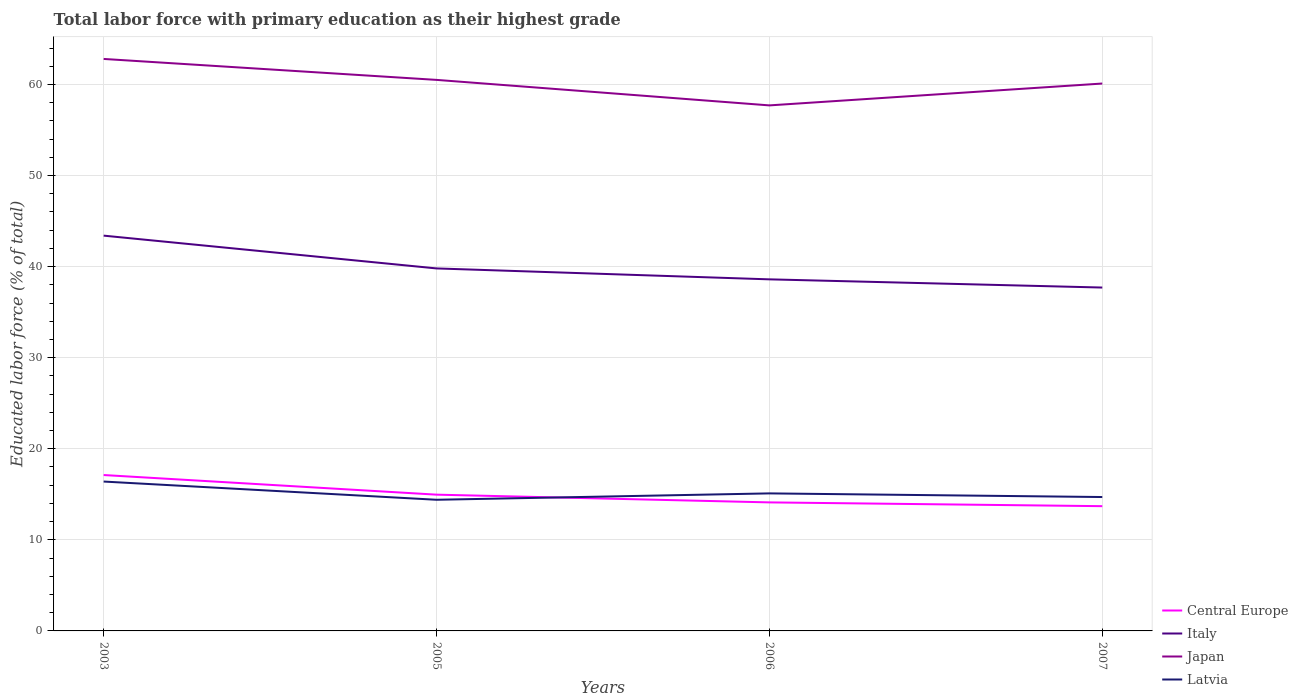
| Years | Central Europe | Italy | Japan | Latvia |
 | --- | --- | --- | --- | --- |
 | 2003 | 17.1 | 43.4 | 62.8 | 16.4 |
 | 2005 | 15 | 39.8 | 60.5 | 14.4 |
 | 2006 | 14.1 | 38.6 | 57.7 | 15.1 |
 | 2007 | 13.7 | 37.7 | 60.1 | 14.7 |